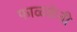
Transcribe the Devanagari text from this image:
फाळकेंनी